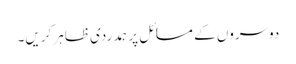
دوسروں کے مسائل پر ہمدردی ظاہر کریں۔